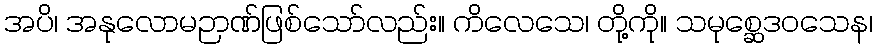
အပိ၊ အနုလောမဉာဏ်ဖြစ်သော်လည်း။ ကိလေသေ၊ တို့ကို။ သမုစ္ဆေဒဝသေန၊